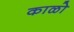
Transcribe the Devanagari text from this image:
काळो